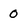
Character: 0